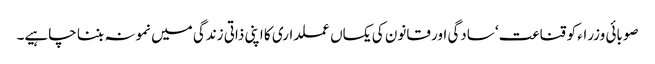
صوبائی وزراء کو قناعت‘ سادگی اور قانون کی یکساں عملداری کا اپنی ذاتی زندگی میں نمونہ بننا چاہیے۔